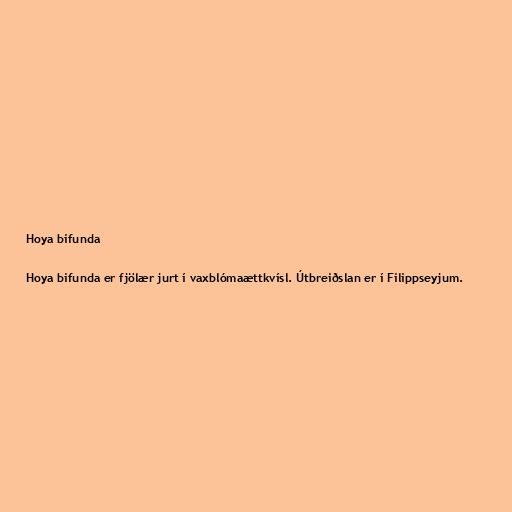
Hoya bifunda

Hoya bifunda er fjölær jurt í vaxblómaættkvísl. Útbreiðslan er í Filippseyjum.